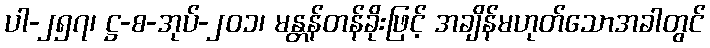
ပါ-၂၅၇၊ ဋ္ဌ-စ-အုပ်-၂၀၁၊ မန္တန်တန်ခိုးဖြင့် အချိန်မဟုတ်သောအခါတွင်